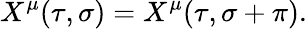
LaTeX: X^{\mu}(\tau,\sigma)=X^{\mu}(\tau,\sigma+\pi).